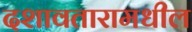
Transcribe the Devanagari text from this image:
दशावतारामधील